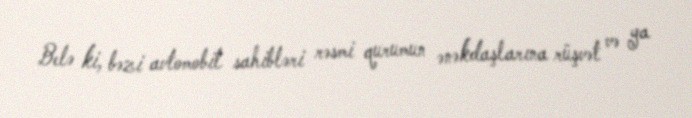
Belə ki, bəzi avtomobil sahibləri rəsmi qurumun ənəkdaşlarına rüşvət və ya